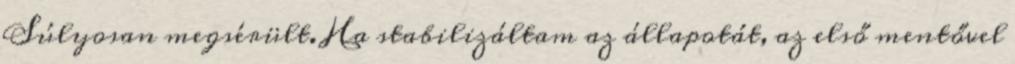
Súlyosan megsérült. Ha stabilizáltam az állapotát, az első mentővel